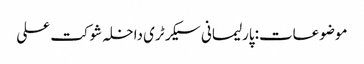
موضوعات:پارلیمانی سیکرٹری داخلہ شوکت علی